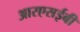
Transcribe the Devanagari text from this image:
आरएसईबी